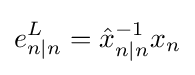
e_{n|n}^{L}={\hat {x}}_{n|n}^{-1}x_{n}